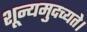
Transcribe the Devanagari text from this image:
शून्यमुदच्यते।